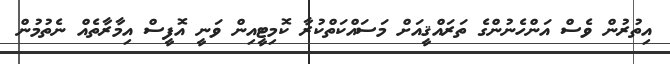
އިތުރުން ވެސް އަންހެނުންގެ ތަރައްޤީއަށް މަސައްކަތްކުރާ ކޮމިޓީއިން ވަނީ އޮފީސް އިމާރާތެއް ނެތުމުން